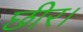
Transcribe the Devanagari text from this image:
छीर।